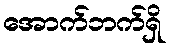
အောက်ဘက်ရှိ